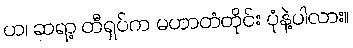
ဟ၊ ဆရာ့ တီရှပ်က မဟာတံတိုင်း ပုံနဲ့ပါလား။